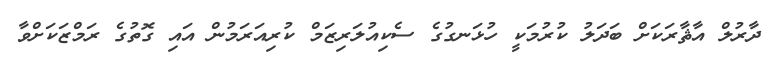
ދާރުލް އާޘާރަކަށް ބަދަލު ކުރުމަކީ ހުޅަނގުގެ ސެކިއުލަރިޒަމް ކުރިއަރަމުން އައި ގޮތުގެ ރަމްޒަކަށްވާ